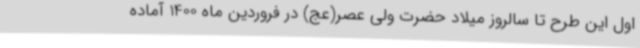
اول این طرح تا سالروز میلاد حضرت ولی عصر(عج) در فروردین ماه 1400 آماده